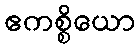
ဧကစ္စိယော